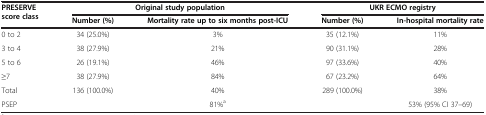
<table><thead><tr><td rowspan="2"><b>PRESERVE score class</b></td><td colspan="2"><b>Original study population</b></td><td colspan="2"><b>UKR ECMO registry</b></td></tr><tr><td><b>Number (%)</b></td><td><b>Mortality rate up to six months post-ICU</b></td><td><b>Number (%)</b></td><td><b>In-hospital mortality rate</b></td></tr></thead><tbody><tr><td>0 to 2</td><td>34 (25.0%)</td><td>3%</td><td>35 (12.1%)</td><td>11%</td></tr><tr><td>3 to 4</td><td>38 (27.9%)</td><td>21%</td><td>90 (31.1%)</td><td>28%</td></tr><tr><td>5 to 6</td><td>26 (19.1%)</td><td>46%</td><td>97 (33.6%)</td><td>40%</td></tr><tr><td>≥7</td><td>38 (27.9%)</td><td>84%</td><td>67 (23.2%)</td><td>64%</td></tr><tr><td>Total</td><td>136 (100.0%)</td><td>40%</td><td>289 (100.0%)</td><td>38%</td></tr><tr><td>PSEP</td><td> </td><td>81%<sup>a</sup></td><td> </td><td>53% (95% CI 37–69)</td></tr></tbody></table>